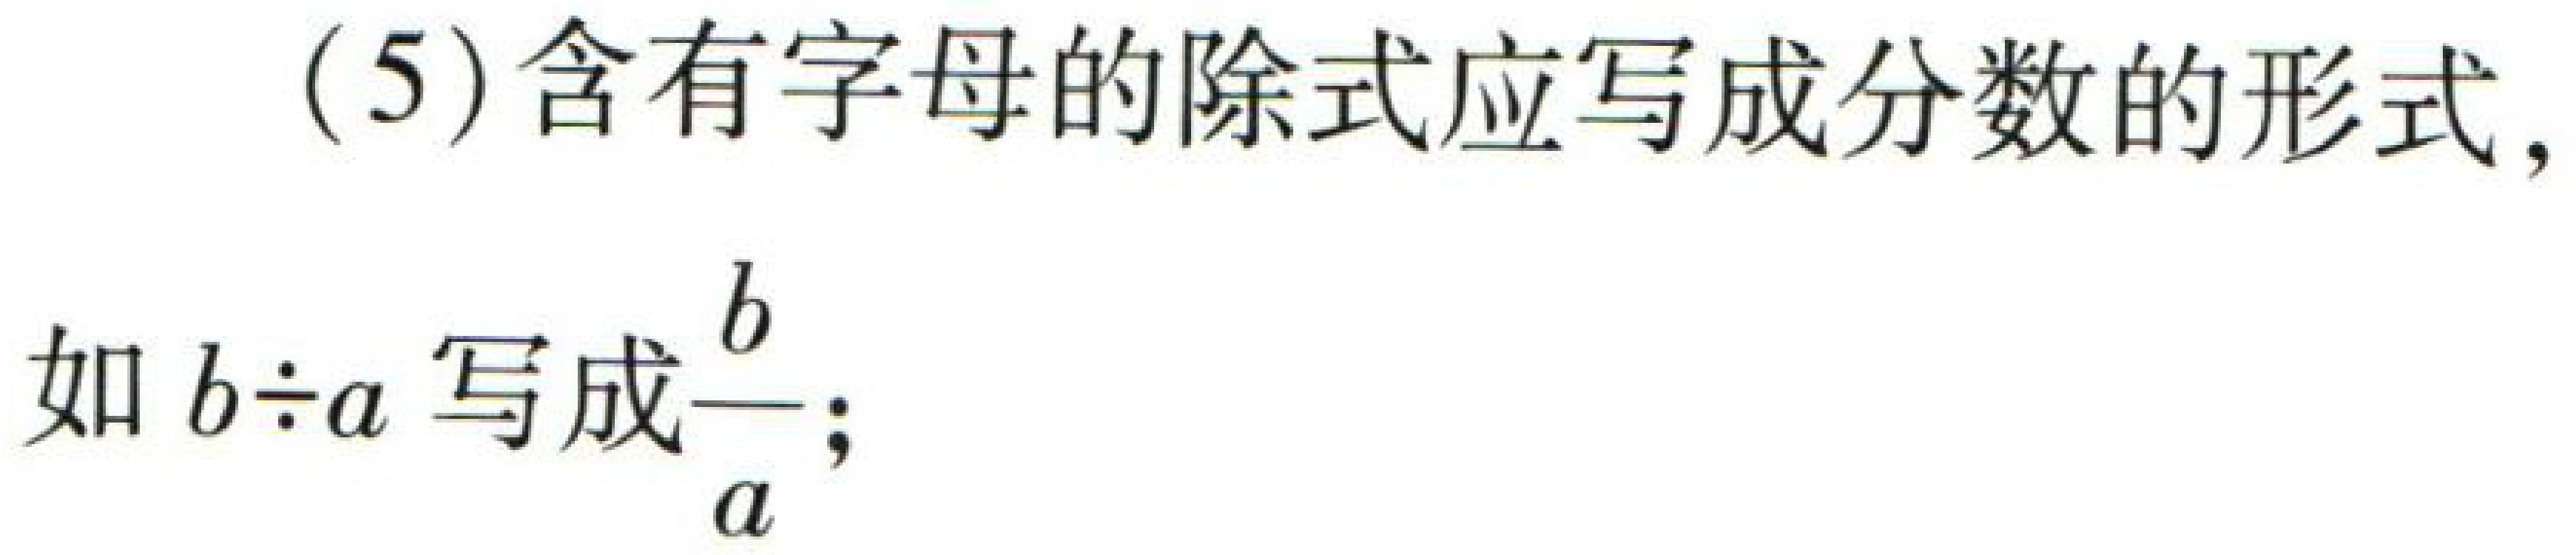
(5) 含有字母的除式应写成分数的形式, 如 \(b\div a\) 写成\(\frac{b}{a}\);